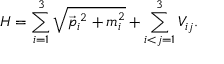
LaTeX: H = \sum _ { i = 1 } ^ { 3 } \sqrt { \vec { p } _ { i } { } ^ { 2 } + m _ { i } ^ { 2 } } + \sum _ { i < j = 1 } ^ { 3 } V _ { i j } .